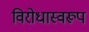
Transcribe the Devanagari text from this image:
विरोधास्वरूप